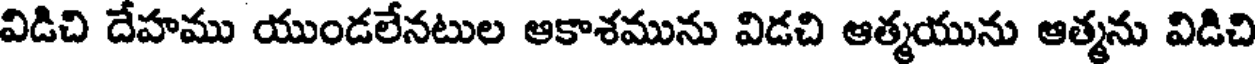
విడిచి దేహము యుండలేనటుల ఆకాశమును విడచి ఆత్మయును ఆత్మను విడిచి